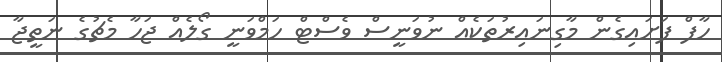
ހާފް ފަށައިގެން މާގިނައިރުތަކެއް ނުވަނީސް ވެސްޓް ހަމްވަނީ ގޯލެއް ޖަހާ މެޗުގެ ނަތީޖާ